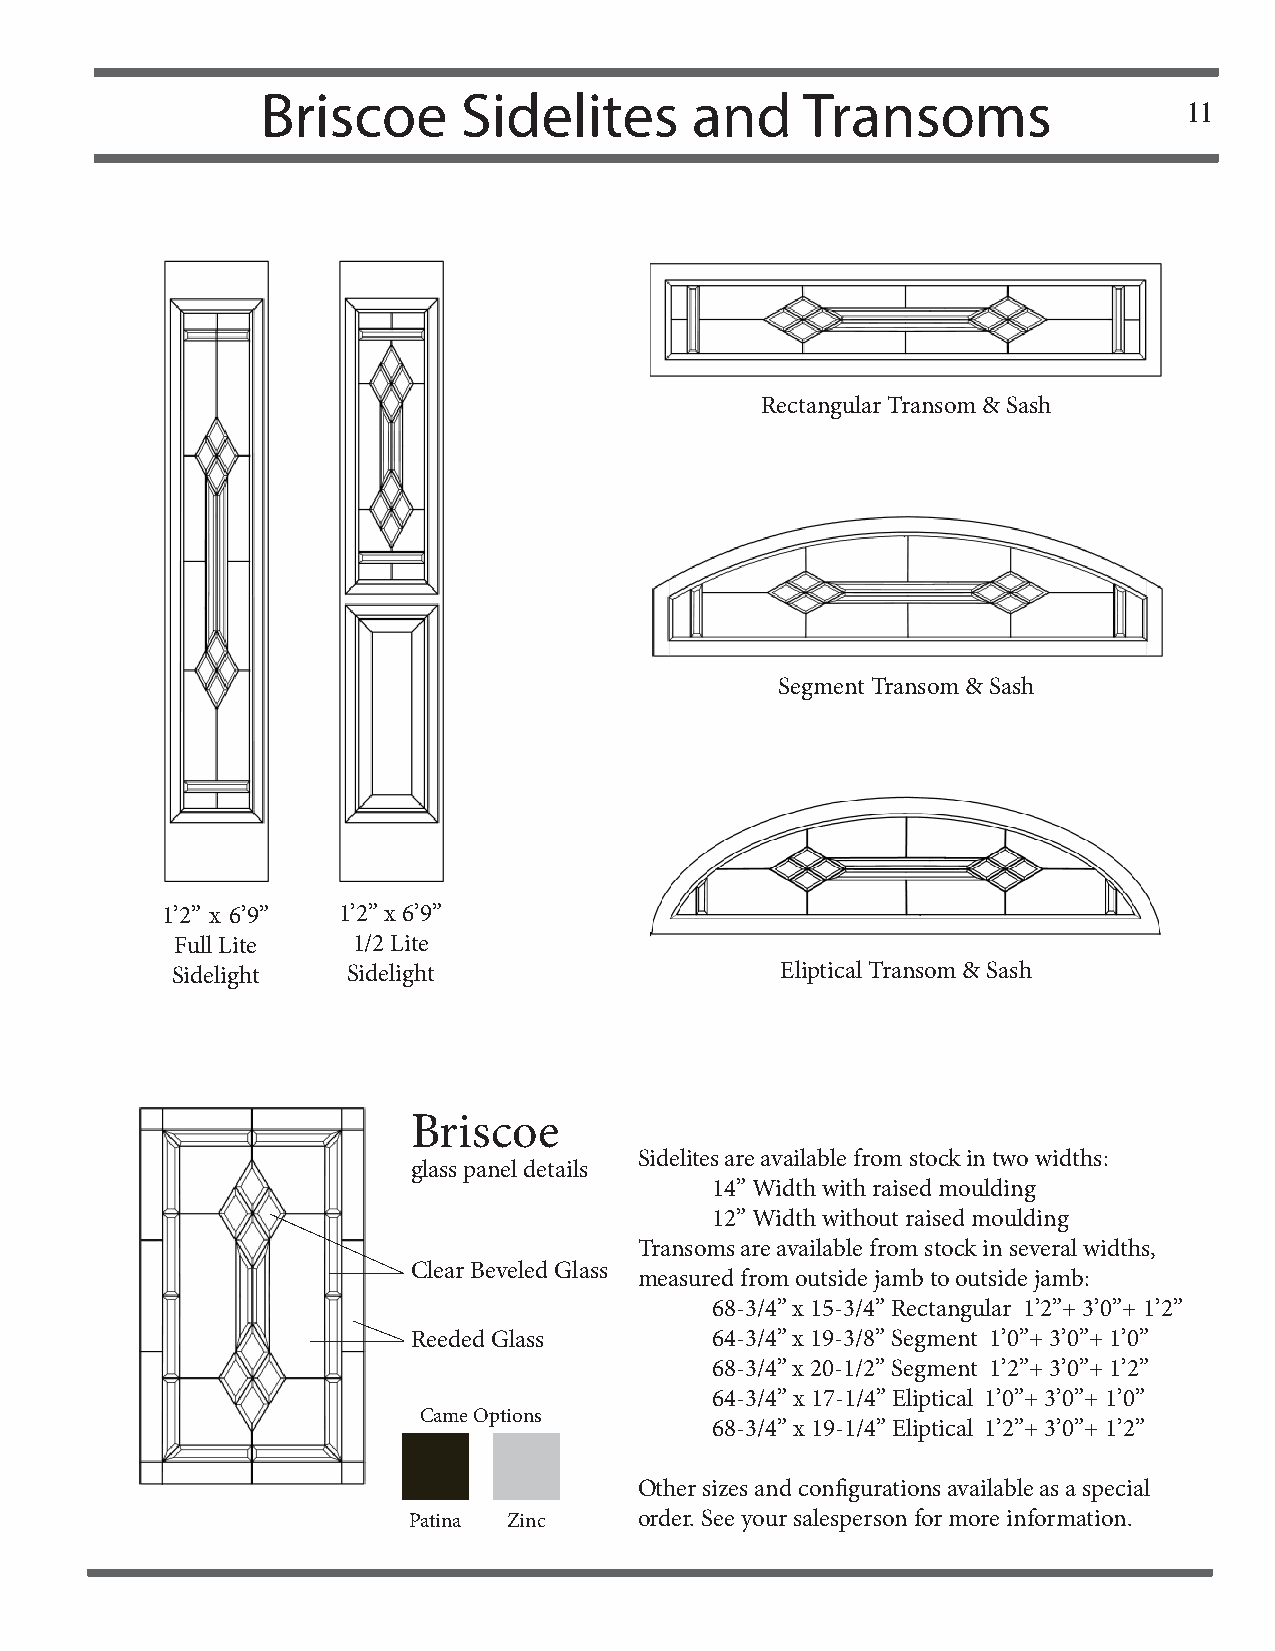
Briscoe       Sidelites      and    Transoms
 11
 Rectangular Transom & Sash
 Segment Transom & Sash
 1’2” x 6’9” 1’2” x 6’9”
 Full Lite  1/2 Lite
 Sidelight   Sidelight                    Eliptical Transom & Sash
 Briscoe
 Sidelites are available from stock in two widths:
 glass panel details
 14” Width with raised moulding
 12” Width without raised moulding
 Transoms are available from stock in several widths,
 Clear Beveled Glass
 measured from outside jamb to outside jamb:
 68-3/4” x 15-3/4” Rectangular 1’2”+ 3’0”+ 1’2”
 Reeded Glass        64-3/4” x 19-3/8” Segment 1’0”+ 3’0”+ 1’0”
 68-3/4” x 20-1/2” Segment 1’2”+ 3’0”+ 1’2”
 64-3/4” x 17-1/4” Eliptical 1’0”+ 3’0”+ 1’0”
 Came Options
 68-3/4” x 19-1/4” Eliptical 1’2”+ 3’0”+ 1’2”
 Other sizes and confi gurations available as a special
 Patina Zinc    order. See your salesperson for more information.